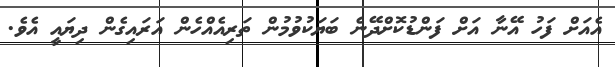
އެއަށް ފަހު އޭނާ އަށް ފަންޑުކޮށްދޭނެ ބަޔަކުވުމުން ތަރިއެއްހެން އަރައިގެން ދިޔައީ އެވެ.